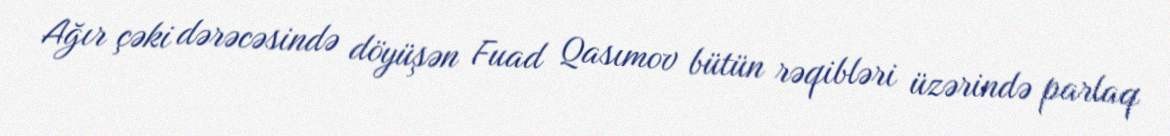
Ağır çəki dərəcəsində döyüşən Fuad Qasımov bütün rəqibləri üzərində parlaq